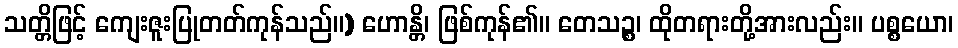
သတ္တိဖြင့် ကျေးဇူးပြုတတ်ကုန်သည်။) ဟောန္တိ၊ ဖြစ်ကုန်၏။ တေသဉ္စ၊ ထိုတရားတို့အားလည်း။ ပစ္စယော၊